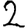
Digit: 2